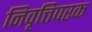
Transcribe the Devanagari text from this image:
निवृत्तिपरक